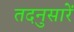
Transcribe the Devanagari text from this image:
तदनुसारें